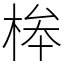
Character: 桳